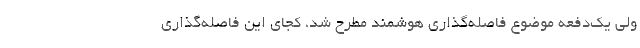
ولی یک‌دفعه موضوع فاصله‌گذاری هوشمند مطرح شد، کجای این فاصله‌گذاری